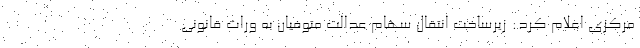
مرکزی اعلام کرد: زیرساخت انتقال سهام عدالت متوفیان به وراث قانونی